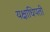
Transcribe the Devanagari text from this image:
यक्षाधिपती